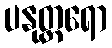
ပနုတ္တရော